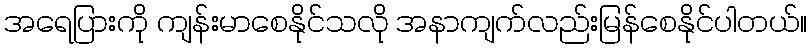
အရေပြားကို ကျန်းမာစေနိုင်သလို အနာကျက်လည်းမြန်စေနိုင်ပါတယ်။